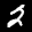
Label: 2